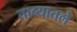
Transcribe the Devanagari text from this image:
ताब्यातले